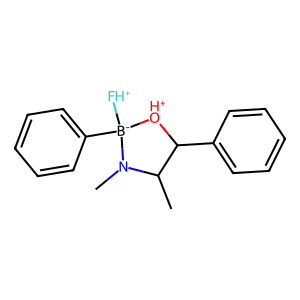
SMILES: CC1C(c2ccccc2)[OH+][B-]([FH+])(c2ccccc2)N1C
Inhibits HIV replication: No